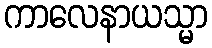
ကာလေနာယသ္မာ